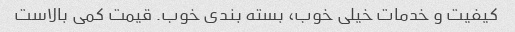
کیفیت و خدمات خیلی خوب، بسته بندی خوب. قیمت کمی بالاست